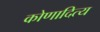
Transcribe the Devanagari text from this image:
कोणादित्य